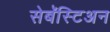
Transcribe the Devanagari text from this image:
सेबॅस्टिअन